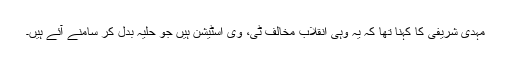
مہدی شریفی کا کہنا تھا کہ یہ وہی انقلاب مخالف ٹی، وی اسٹیشن ہیں جو حلیہ بدل کر سامنے آئے ہیں۔